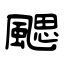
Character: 颸